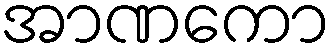
အာဏကော